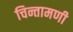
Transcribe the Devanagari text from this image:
चिन्तामणी